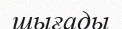
шығады